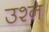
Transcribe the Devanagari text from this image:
उश्न